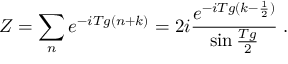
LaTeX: Z = \sum _ { n } e ^ { - i T g ( n + k ) } = 2 i \frac { e ^ { - i T g ( k - \frac { 1 } { 2 } ) } } { \sin \frac { T g } { 2 } } \; .